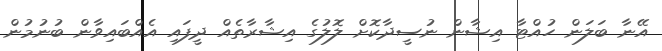
އޭނާ ބަލަން ހުއްޓާ އިޝާން ނުސީދާކޮށް ލޮލުގެ އިޝާރާތެއް ދީފައި އެއްބައިވާން ބުނުމުން